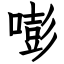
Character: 嘭